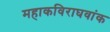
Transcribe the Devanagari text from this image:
महाकविराघवांक